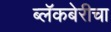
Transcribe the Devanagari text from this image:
ब्लॅकबेरीचा